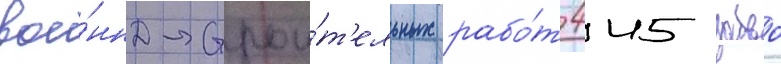
вое́нно-строи́т'ельных рабо́т 445 забво